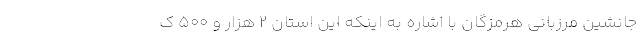
جانشین مرزبانی هرمزگان با اشاره به اینکه این استان ۲ هزار و ۵۰۰ ک